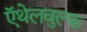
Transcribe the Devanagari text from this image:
ऍथेलवुल्फ